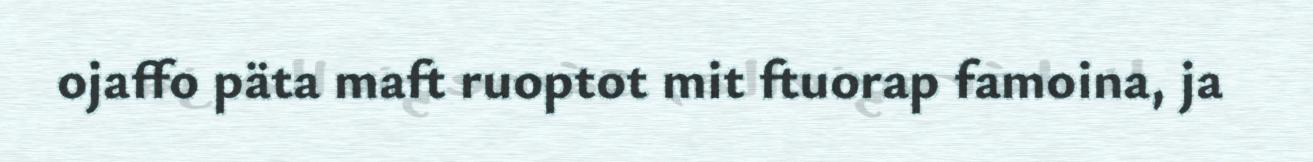
ojaffo päta maft ruoptot mit ftuorap famoina, ja